Report of an investigation in regard to the prevalence of stegomyia and other mosquitoes in Karachi, and the measures necessary for their control
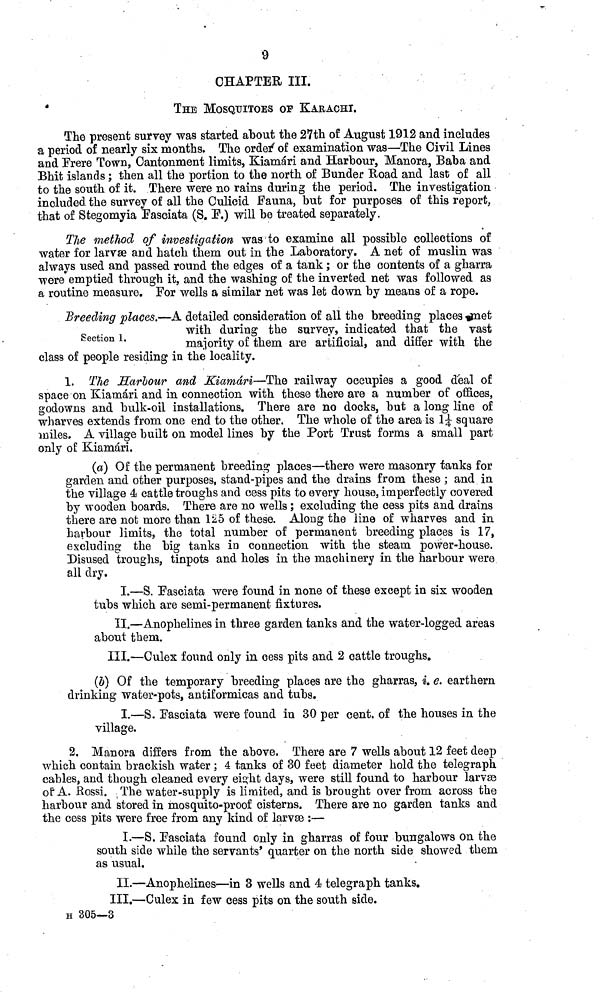
9
CHAPTER III.
THE MOSQUITOES OP KARACHI.
The present survey was started about the 27th of August 1912 and includes
a period of nearly six months. The order of examination was—The Civil Lines
and Frere Town, Cantonment limits, Kiamari and Harbour, Manora, Baba and
Bhit islands; then all the portion to the north of Bunder Road and last of all
to the south of it. There were no rains during the period. The investigation
included the survey of all the Oulicid Fauna, but for purposes of this report,
that of Stegomyia Fasciata (S. F.) will be treated separately.
The method of investigation was to examine all possible collections of
water for larvæ and hatch them out in the Laboratory. A net of muslin was
always used and passed round the edges of a tank ; or the contents of a gharra
•were emptied through it, and the washing of the inverted net was followed as
a routine measure. For wells a similar net was let down by means of a rope.
Section 1.
Breeding places.—A detailed consideration of all the breeding places met
with during the survey, indicated that the vast
majority of them are artificial, and differ with the
class of people residing in the locality.
1. The Harbour and Kiamari—The railway occupies a good deal of
space on Kiamari and in connection with these there are a number of offices,
godowns and bulk-oil installations. There are no docks, but a long line of
wharves extends from one end to the other. The whole of the area is 1 1/4 square
miles. A village built on model lines by the Port Trust forms a small part
only of Kiamari.
(a) Of the permanent breeding places—there were masonry tanks for
garden and other purposes, stand-pipes and the drains from these ; and in
the village 4 cattle troughs and cess pits to every house, imperfectly covered
by wooden boards. There are no wells; excluding the cess pits and drains
there are not more than 125 of these. Along the line of wharves and in
harbour limits, the total number of permanent breeding places is 17,
excluding the big tanks in connection with the steam power-house.
Disused troughs, tinpots and holes in the machinery in the harbour were
all dry.
I.—S. Fasciata were found in none of these except in six wooden
tubs which are semi-permanent fixtures.
II.—Anophelines in three garden tanks and the water-logged areas
about them.
III.—Culex found only in cess pits and 2 cattle troughs.
(b) Of the temporary breeding places are the gharras, i. e. earthern
drinking water-pots, antiformicas and tubs.
I.—S. Fasciata were found in 30 per cent. of the houses in the
village.
2. Manora differs from the above. There are 7 wells about 12 feet deep
which contain brackish water ; 4 tanks of 30 feet diameter hold the telegraph
cables, and though cleaned every eight days, were still found to harbour larvae
of A. Rossi. The water-supply is limited, and is brought over from across the
harbour and stored in mosquito-proof cisterns. There are no garden tanks and
the cess pits were free from any kind of larvae :—
I.—S. Fasciata found only in gharras of four bungalows on the
south side while the servants' quarter on the north side showed them
as usual.
II.—Anophelines—in 3 wells and 4 telegraph tanks.
III.—Culex in few cess pits on the south side.
H 305—3